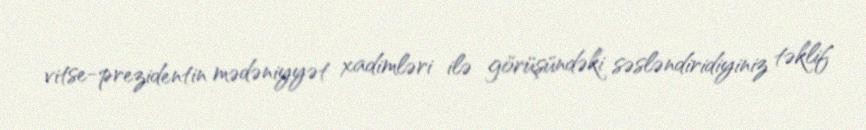
vitse-prezidentin mədəniyyət xadimləri ilə görüşündəki səsləndiridiyiniz təklif